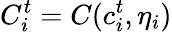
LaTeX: C_{i}^{t}=C(c_{i}^{t},\eta_{i})